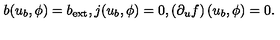
b ( u _ { b } , \phi ) = b _ { \mathrm { e x t } } , j ( u _ { b } , \phi ) = 0 , \left( \partial _ { u } f \right) ( u _ { b } , \phi ) = 0 .